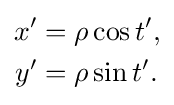
{\begin{aligned}x'&=\rho \cos t',\\y'&=\rho \sin t'.\end{aligned}}